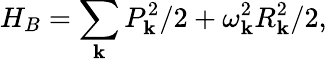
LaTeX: H_{B}=\sum_{\mathbf{k}}P_{\mathbf{k}}^{2}/2+\omega_{\mathbf{k}}^{2}R_{\mathbf{k}}^{2}/2,